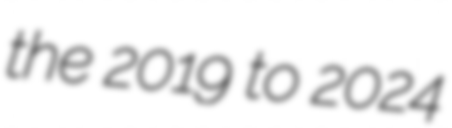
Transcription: the 2019 to 2024